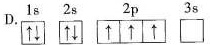
D.1s 2s 2p 3s